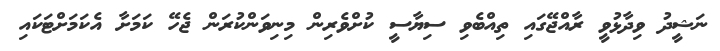
ނަޝީދު ވިދާޅުވީ ރާއްޖޭގައި ތިއްބެވި ސިޔާސީ ކުށްވެރިން މިނިވަންކުރަން ޖެހޭ ކަމަށާ އެކަމަށްޓަކައި